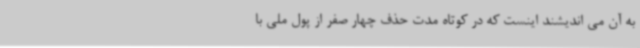
به آن می اندیشند اینست که در کوتاه مدت حذف چهار صفر از پول ملی با